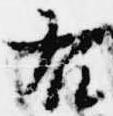
右